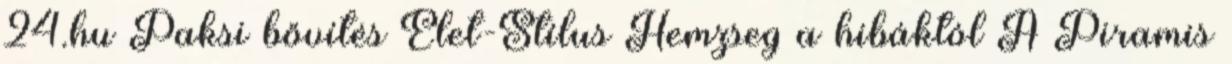
24.hu Paksi bővítés Élet-Stílus Hemzseg a hibáktól A Piramis